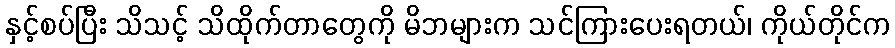
နှင့်စပ်ပြီး သိသင့် သိထိုက်တာတွေကို မိဘများက သင်ကြားပေးရတယ်၊ ကိုယ်တိုင်က